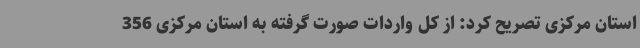
استان مرکزی تصریح کرد: از کل واردات صورت گرفته به استان مرکزی 356